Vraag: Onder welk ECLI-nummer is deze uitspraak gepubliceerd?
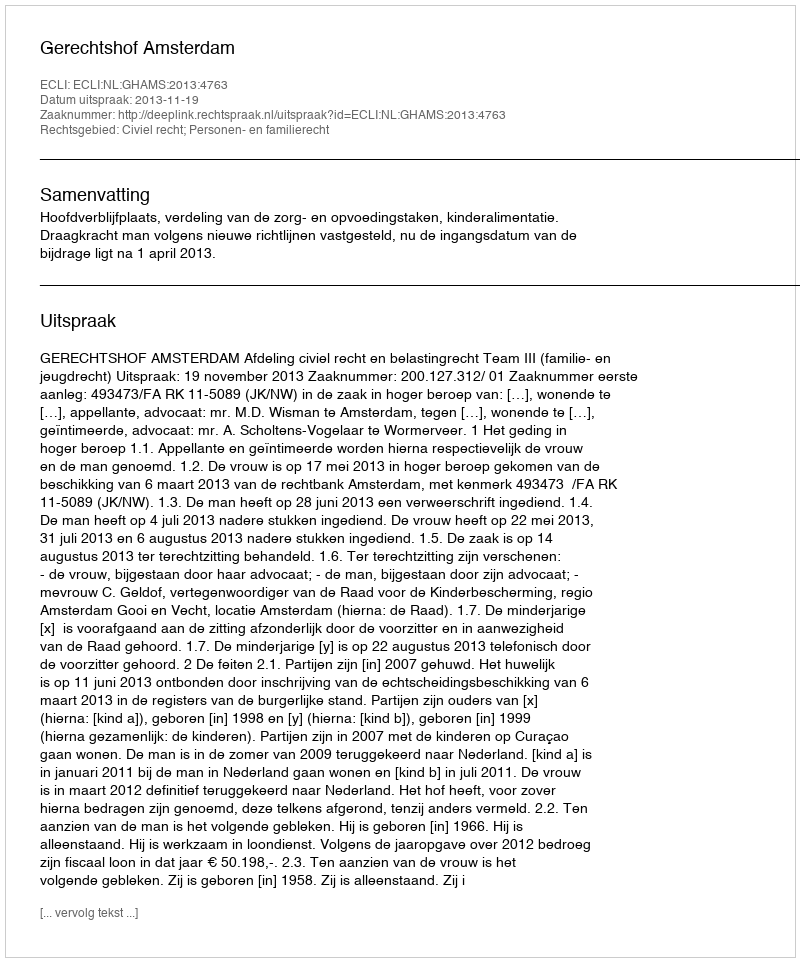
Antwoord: ECLI:NL:GHAMS:2013:4763